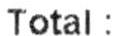
TOTAL :